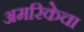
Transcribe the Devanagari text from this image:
अमरिकेचा